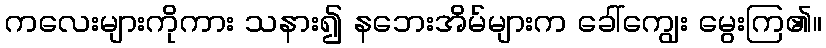
ကလေးများကိုကား သနား၍ နဘေးအိမ်များက ခေါ်ကျွေး မွေးကြ၏။